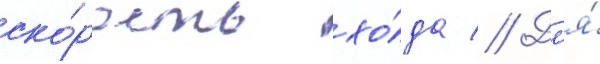
ско́рость хо́да // Дл'я́